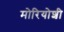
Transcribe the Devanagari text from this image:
मोरियोशी